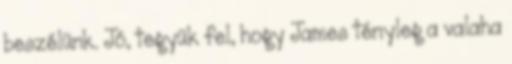
beszélünk. Jó, tegyük fel, hogy James tényleg a valaha